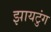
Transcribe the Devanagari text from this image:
झायटुंग